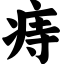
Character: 痔